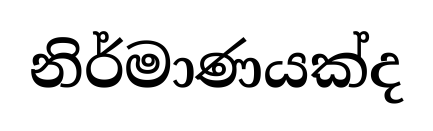
නිර්මාණයක්ද